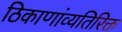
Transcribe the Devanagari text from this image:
ठिकाणांव्यतिरिक्त